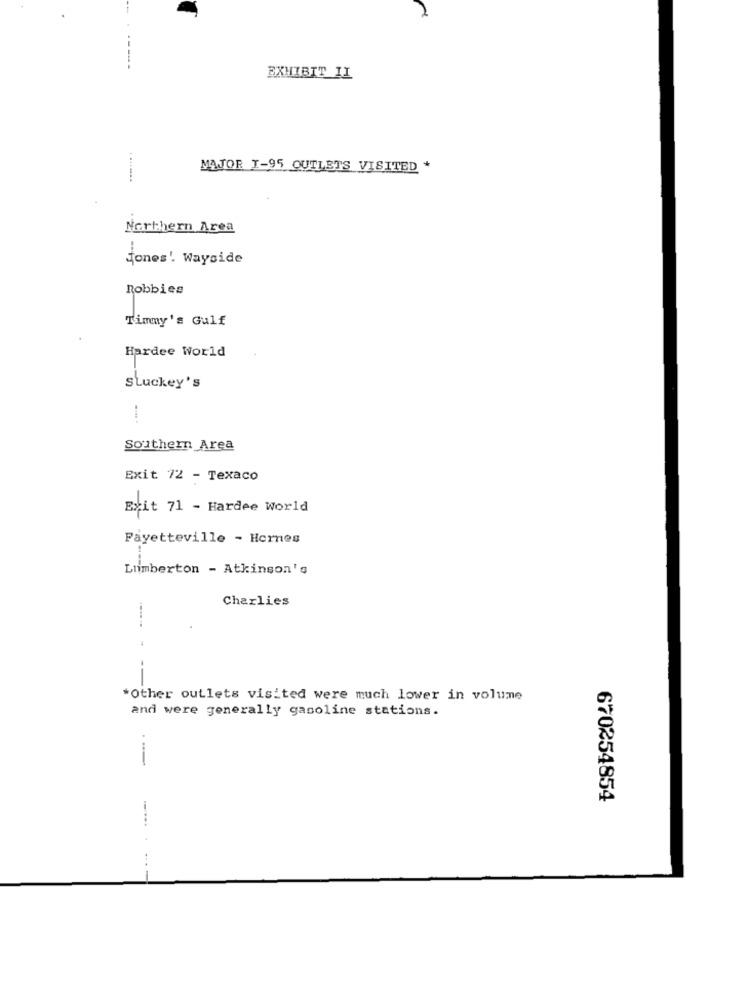
EXHIBIT II
MAJOR I-95 OUTLETS VISITED *
Northern Area
jones' Wayside
Robbies
Timmy's Gulf
Hardee World
Stuckey's
Southern Area
Exit 72 - Texaco
Exit 71 - Hardee World
Fayetteville - Hernes
Lumberton - Atkinson's
Charlies
--
*Other outlets visited were much lower in volume
and were generally gasoline stations.
670254854
-....